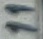
Text: 11